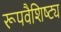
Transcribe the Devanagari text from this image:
रूपवैशिष्ट्य